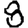
Digit: 8